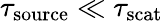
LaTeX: \tau_{\mathrm{source}}\ll\tau_{\mathrm{scat}}